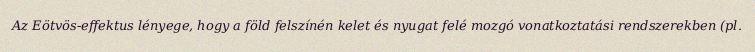
Az Eötvös-effektus lényege, hogy a föld felszínén kelet és nyugat felé mozgó vonatkoztatási rendszerekben (pl.